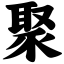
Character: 聚